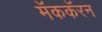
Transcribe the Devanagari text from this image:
मॅककॅरन